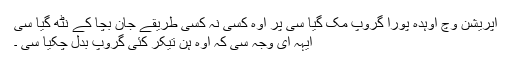
آپریشن وچ اوہدہ پورا گروپ مک گیا سی پر اوہ کسی نہ کسی طریقے جان بچا کے نٹھ گیا سی
ایہہ ای وجہ سی کہ اوہ ہن تیکر کئی گروپ بدل چکیا سی ۔